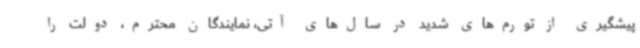
پیشگیری از تورم‌های شدید در سال‌های آتی، نمایندگان محترم، دولت را